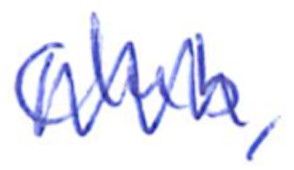
Text: Club,
Cross-out: zig-zag
Writing tool: ballpoint